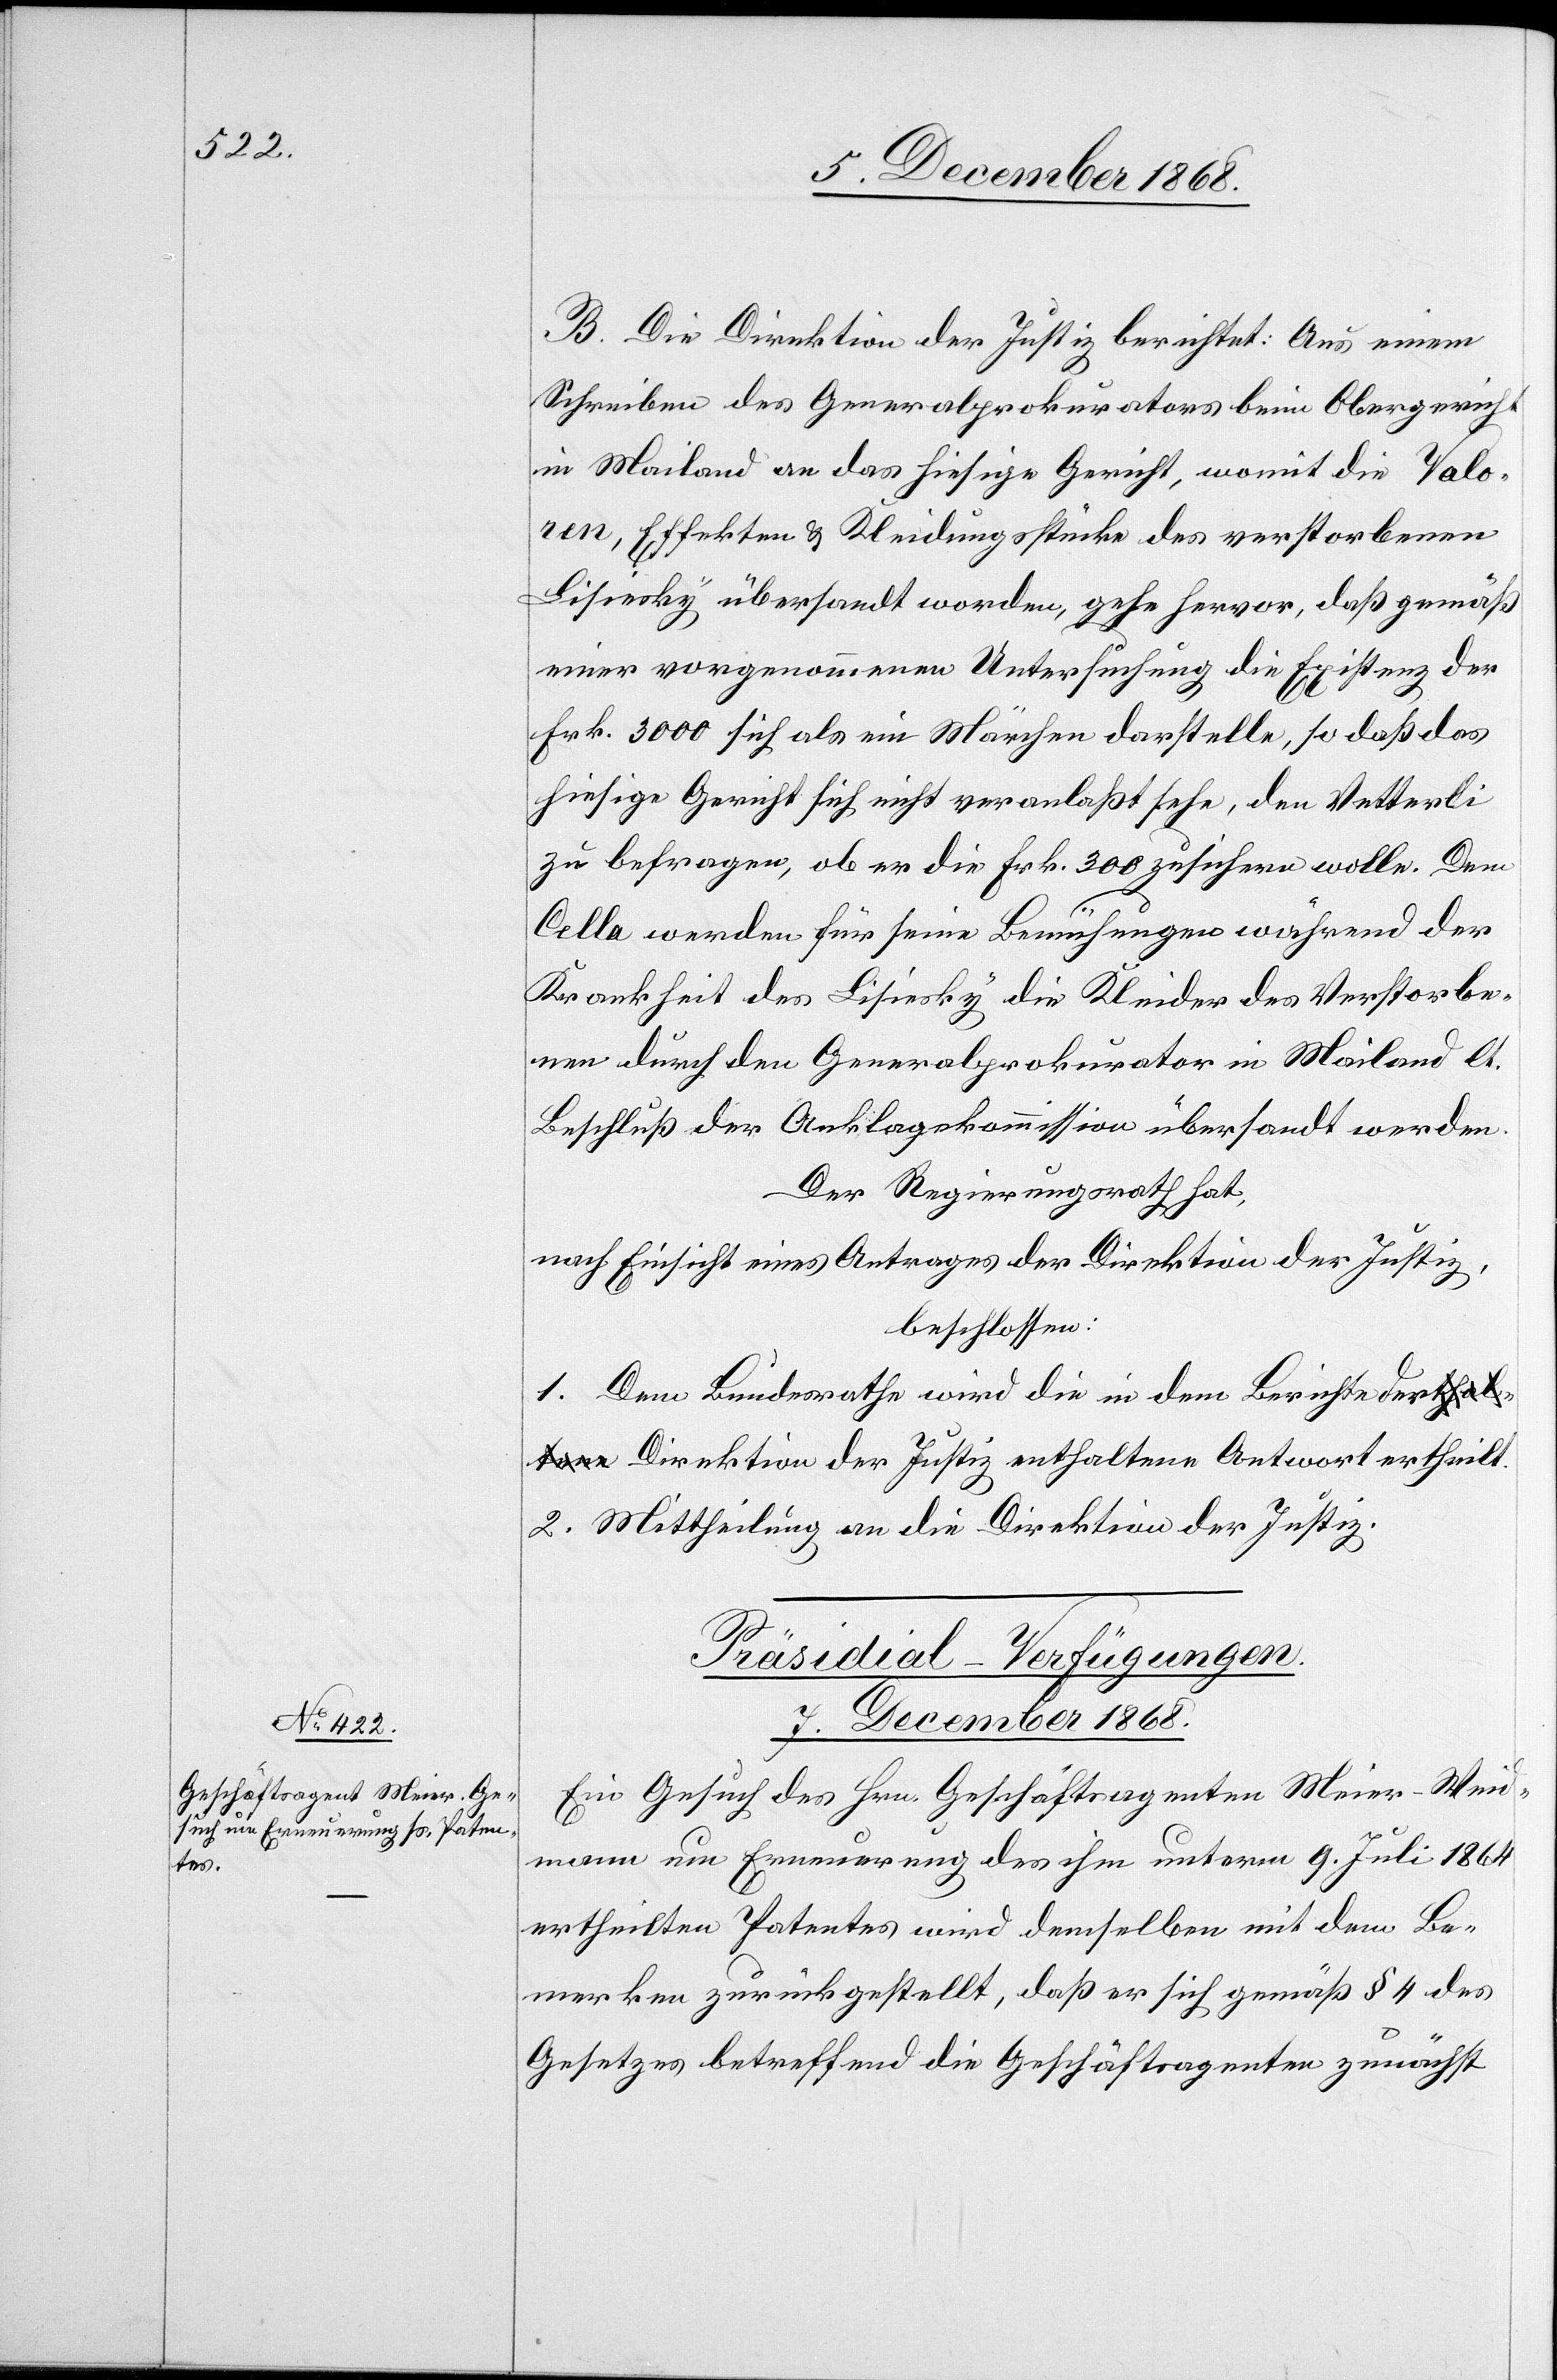
7. December 1868.
B. Die Direktion der Justiz berichtet: Aus einem
Schreiben des Generalprokurators beim Obergericht
in Mailand an das hiesige Gericht, womit die Valo¬
ren, Effekten & Kleidungsstücke des verstorbenen
Lisiesky übersandt worden, gehe hervor, daß gemäß
einer vorgenommenen Untersuchung die Existenz der
Frk. 3000 sich als ein Märchen darstelle, so daß das
hiesige Gericht sich nicht veranlaßt sehe, den Vetterli
zu befragen, ob er die Frk. 300 zusichern wolle. Dem
Cella werden für seine Bemühungen während der
Krankheit des Lisiesky die Kleider des Verstorbe¬
nen durch den Generalprokurator in Mailand lt.
Beschluß der Anklagekommission übersandt werden.
Der Regierungsrath hat,
nach Einsicht eines Antrages der Direktion der Justiz,
beschlossen:
1. Dem Bundesrathe wird die in dem Berichte de¬
r Direktion der Justiz enthaltene Antwort ertheilt.
2. Mittheilung an die Direktion der Justiz.
Präsidial-Verfügungen.
Ein Gesuch des Hrn. Geschäftsagenten Meier-Weid¬
mann um Erneuerung des ihm unterm 9. Juli 1864
ertheilten Patentes wird demselben mit dem Be¬
merken zurückgestellt, daß er sich gemäß § 4 des
Gesetzes betreffend die Geschäftsagenten zunächst